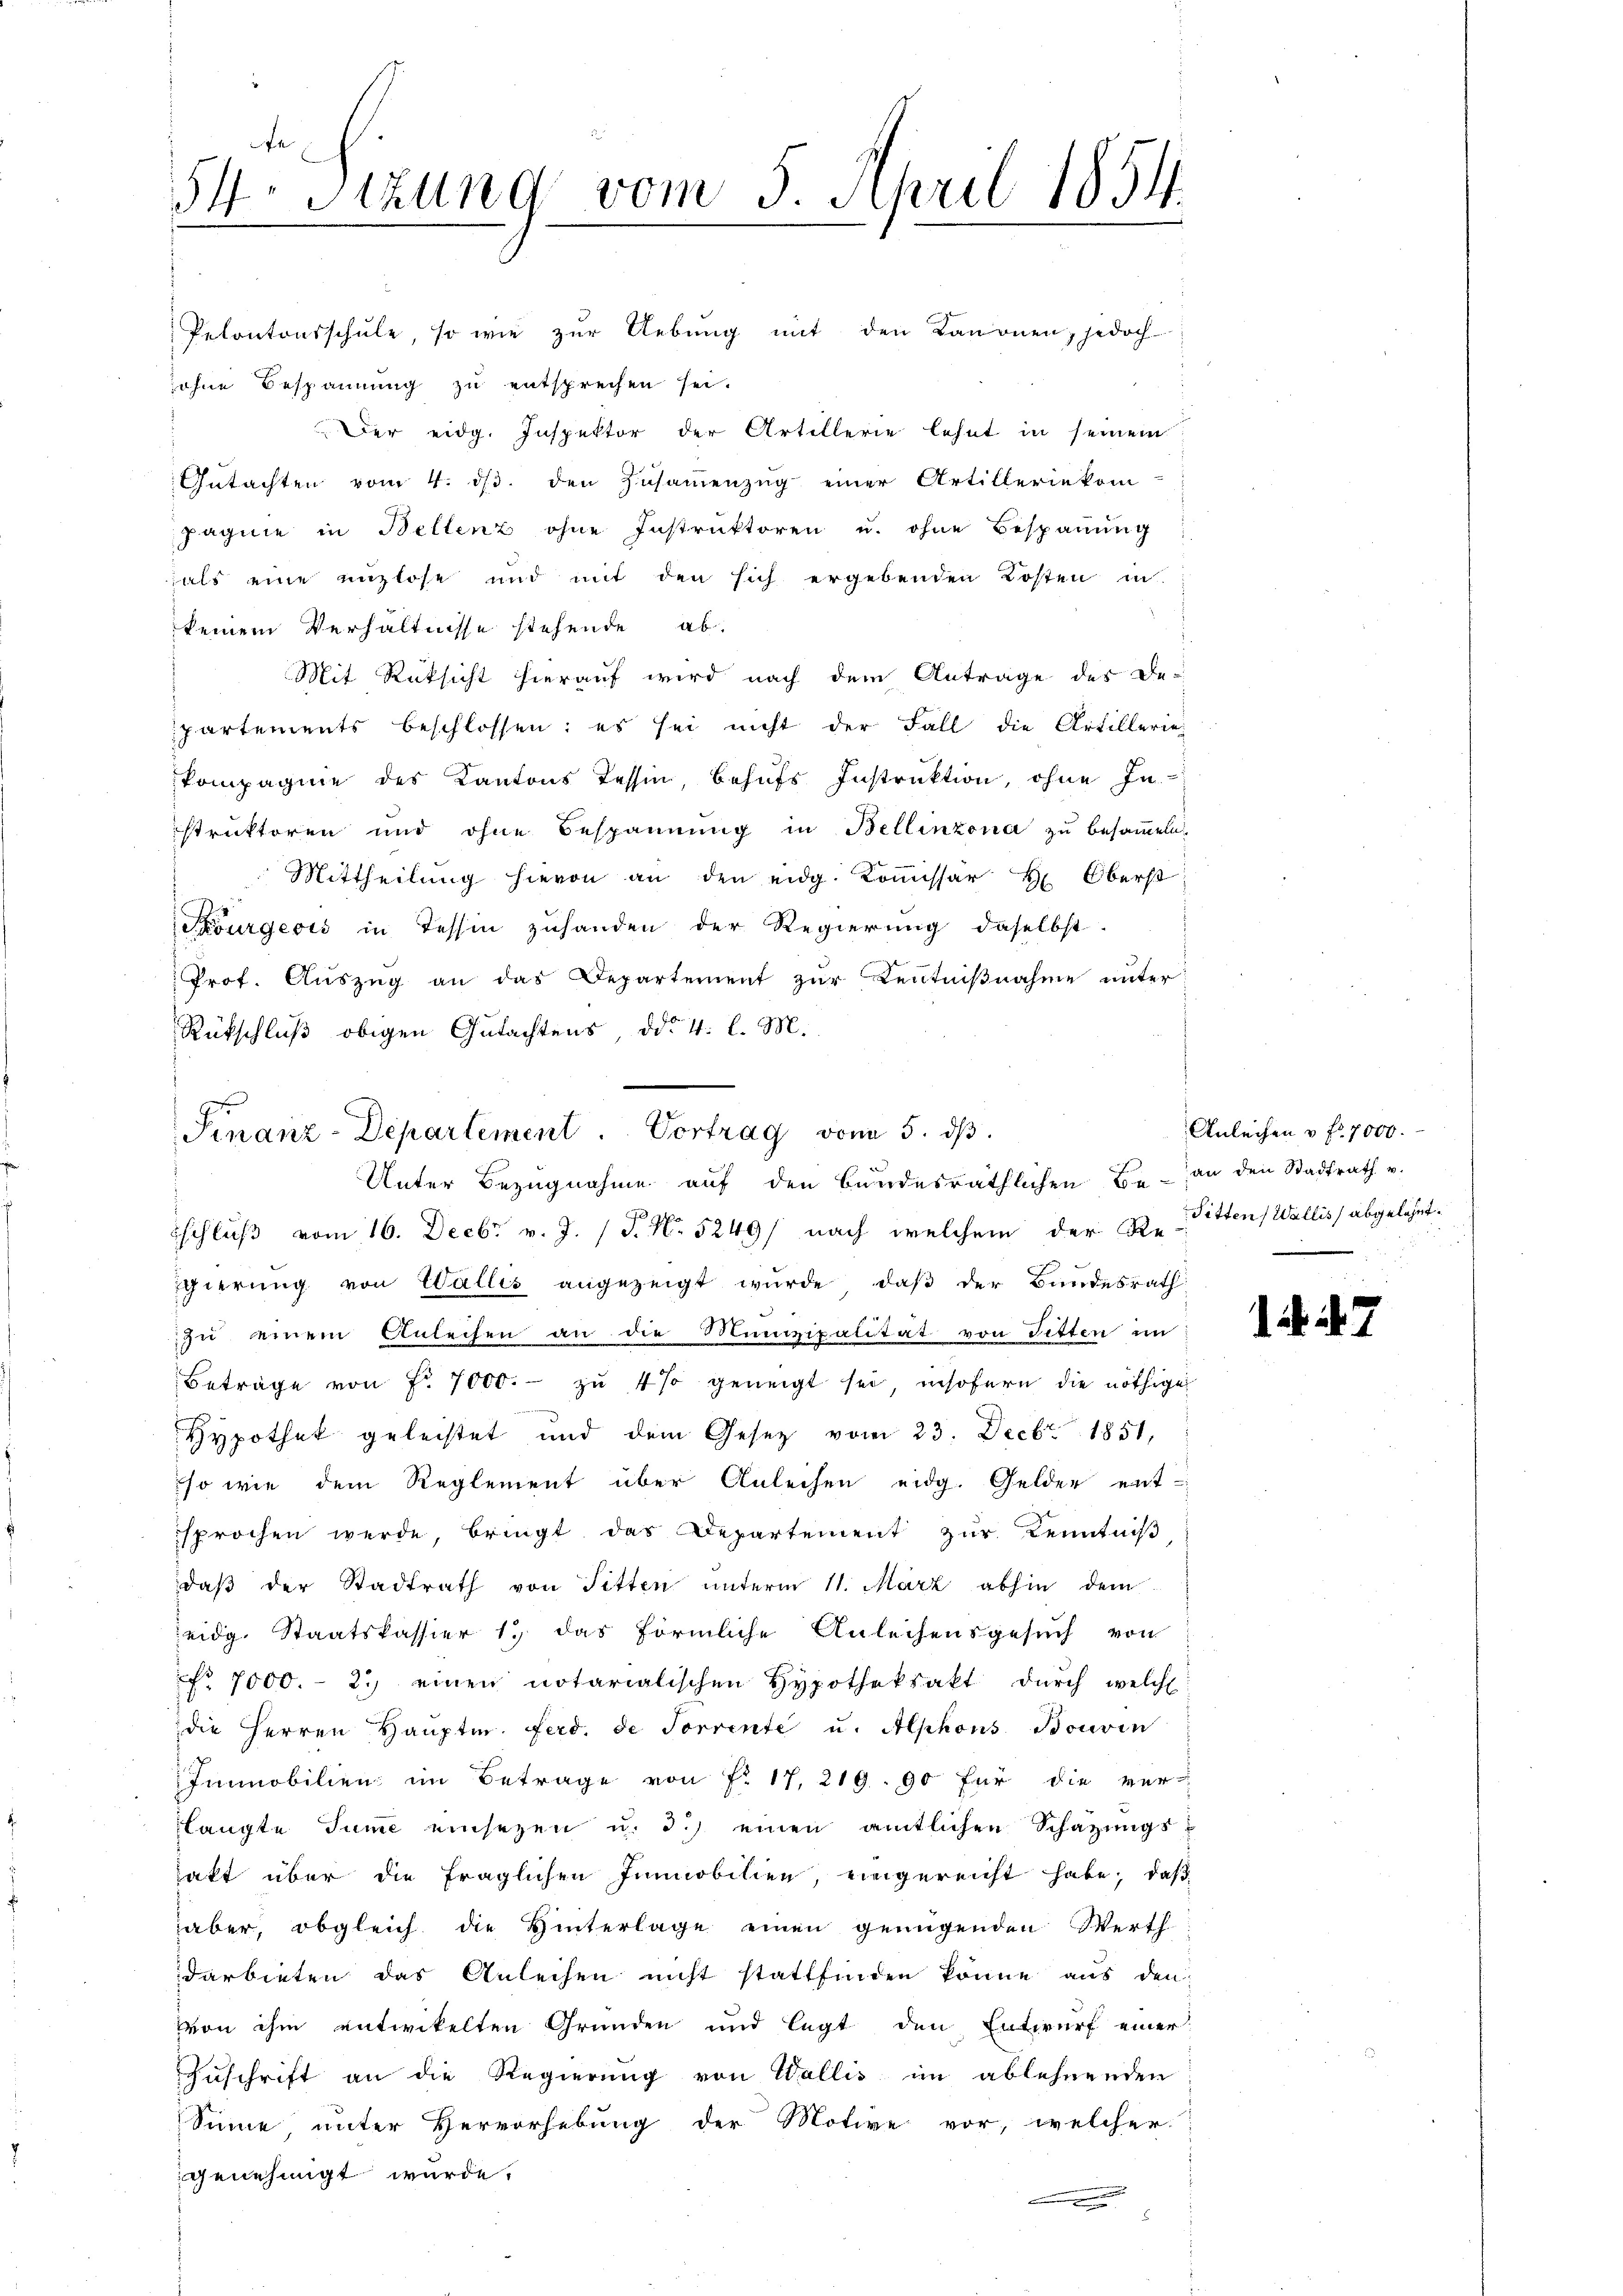
fe
1
34 Sitzung vom 5. April 1854.

Pekantonsschule, so wie zur Uebung mit den Kanonen, jedoch
sohne Bespannung zu entsprechen sei.
Der eidg. Inspektor der Artillerie lehnt in seinem
Gutachten vom 4. ds. den Zusammenzug einer Artilleriekom-
pagnie in Bellenz ohne Instruktoren u. ohne Bespannung
als eine enzlose und mit den sich ergebenden Kosten in
keinem Verhältnisse stehende ab.
Mit Rücksicht hierauf wird nach dem Antrage des De-
partements beschlossen: es sei nicht der Fall die Artillerie-
Vompagnie des Kantons Tessin, behufs Instruktion, ohne In-
istruktoren und ohne Bespannung in Bellinzona zu besammeln,
Mittheilŭng hievon an den eidg. Koṁissär H: Oberst
Sourgeois in Tessin zuhanden der Regierung daselbst.
Prof. Auszug an das Departement zur Kenntnißnahme unter
Rückschluß obigen Gutachtens, ddo. 4. l. M.
Finanz-Departement. Vortrag vom 5. dβ.

Unter Bezugnahme auf den bundesräthlichen Be- an den Stadtrath v.

70
schluß vom 16. Decbr v. J. (T. N. 5249/ nach welchem der B. Pitten Wallis, abgelehnt.
gierung von Wallis angezeigt wurde, daß der Bundesrath
zŭ einem Anleihen an die Munizipalität von Titten in
Betrage von Fr. 7000.- zŭ 4 % geneigt sei, insofern die nöthige
Hypothek geleistet und dem Gesetz vom 23. Decbr. 1851,
so wie dem Reglement über Anleihen eidg. Gelder ent-
sprochen werde, bringt das Departement zur Kenntniß
daβ der Stadtrath von Titten unterm 11. März abhin dem
eidg. Staatskassier 1. das förmliche Anleihensgesuch von
No. 7000.- 2.) einen notarialischen Hypotheksakt durch welche
die Herren Haŭptm. Ferd. de Torrente u. Alphons Bonven
Immobilien im Betrage von Fr. 17, 219. 90 für die ver-
slangte Sume einsezen u. d.) einen amtlichen Schazungslakt über die fraglichen Immobilien, eingereicht habe, daß
aber, obgleich die Hinterlage einen genügenden Werth
darbieten das Anleihen nicht stattfinden könne aus den
von ihm entwickelten Gründen und legt den Entwurf einer
Zuschrift an die Regierung von Wallis im ablehnenden
Sinne unter Hervorhebung der Motive vor, welcher
genehmigt wurde.
.

Anleihen u. fr. 7000.

17